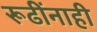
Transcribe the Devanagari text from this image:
रूढींनाही